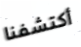
أكتشفنا